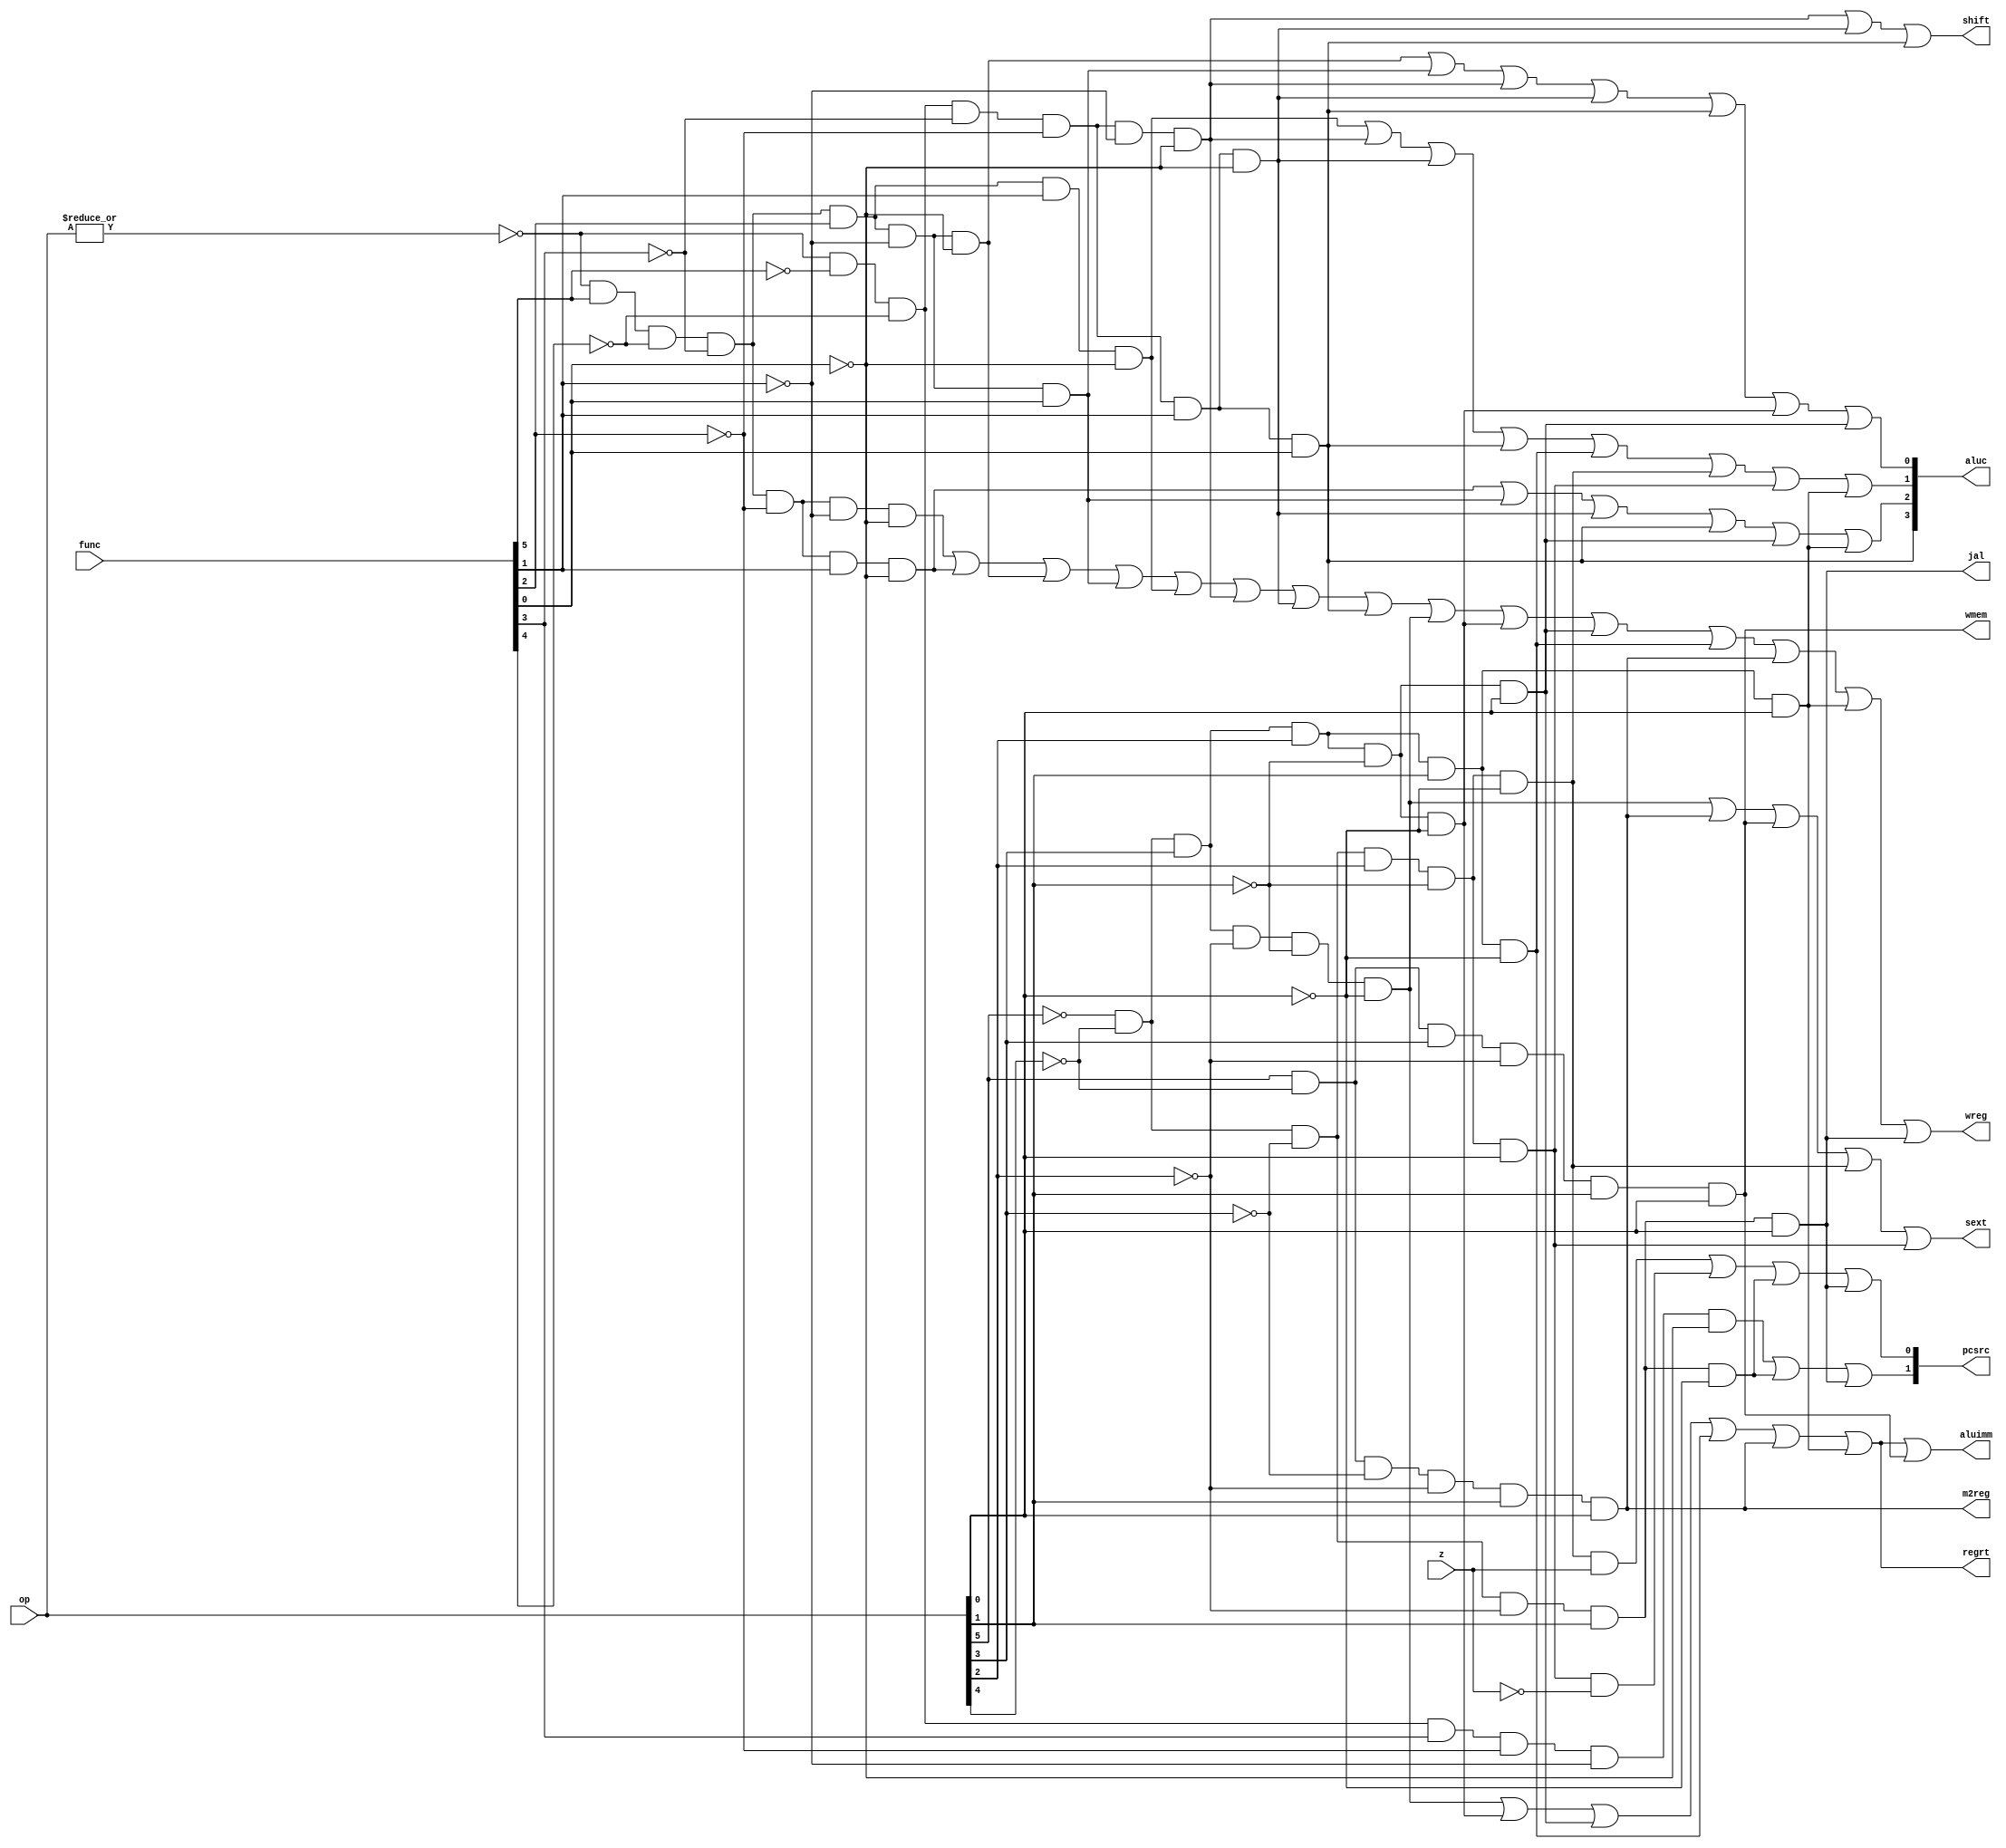
/************************************************
  The Verilog HDL code example is from the book
  Computer Principles and Design in Verilog HDL
  by Yamin Li, published by A JOHN WILEY & SONS
************************************************/
module sccu_dataflow (op,func,z,wmem,wreg,regrt,m2reg,aluc,shift,aluimm,
                      pcsrc,jal,sext);            // control unit
  input  [5:0] op, func;                          // op, func 
  input        z;                                 // alu zero tag
  output [3:0] aluc;                              // alu operation control
  output [1:0] pcsrc;                             // select pc source
  output       wreg;                              // write regfile
  output       regrt;                             // dest reg number is rt
  output       m2reg;                             // instruction is an lw
  output       shift;                             // instruction is a shift
  output       aluimm;                            // alu input b is an i32
  output       jal;                               // instruction is a jal
  output       sext;                              // is sign extension
  output       wmem;                              // write data memory
  // decode instructions
  wire rtype  = ~|op;                                            // r format
  wire i_add  = rtype& func[5]&~func[4]&~func[3]&~func[2]&~func[1]&~func[0];
  wire i_sub  = rtype& func[5]&~func[4]&~func[3]&~func[2]& func[1]&~func[0];
  wire i_and  = rtype& func[5]&~func[4]&~func[3]& func[2]&~func[1]&~func[0];
  wire i_or   = rtype& func[5]&~func[4]&~func[3]& func[2]&~func[1]& func[0];
  wire i_xor  = rtype& func[5]&~func[4]&~func[3]& func[2]& func[1]&~func[0];
  wire i_sll  = rtype&~func[5]&~func[4]&~func[3]&~func[2]&~func[1]&~func[0];
  wire i_srl  = rtype&~func[5]&~func[4]&~func[3]&~func[2]& func[1]&~func[0];
  wire i_sra  = rtype&~func[5]&~func[4]&~func[3]&~func[2]& func[1]& func[0];
  wire i_jr   = rtype&~func[5]&~func[4]& func[3]&~func[2]&~func[1]&~func[0];
  wire i_addi = ~op[5]&~op[4]& op[3]&~op[2]&~op[1]&~op[0];       // i format
  wire i_andi = ~op[5]&~op[4]& op[3]& op[2]&~op[1]&~op[0];
  wire i_ori  = ~op[5]&~op[4]& op[3]& op[2]&~op[1]& op[0];
  wire i_xori = ~op[5]&~op[4]& op[3]& op[2]& op[1]&~op[0];
  wire i_lw   =  op[5]&~op[4]&~op[3]&~op[2]& op[1]& op[0];
  wire i_sw   =  op[5]&~op[4]& op[3]&~op[2]& op[1]& op[0];
  wire i_beq  = ~op[5]&~op[4]&~op[3]& op[2]&~op[1]&~op[0];
  wire i_bne  = ~op[5]&~op[4]&~op[3]& op[2]&~op[1]& op[0];
  wire i_lui  = ~op[5]&~op[4]& op[3]& op[2]& op[1]& op[0];
  wire i_j    = ~op[5]&~op[4]&~op[3]&~op[2]& op[1]&~op[0];       // j format
  wire i_jal  = ~op[5]&~op[4]&~op[3]&~op[2]& op[1]& op[0];
  // generate control signals
  assign regrt   = i_addi | i_andi | i_ori  | i_xori | i_lw  | i_lui;
  assign jal     = i_jal;
  assign m2reg   = i_lw;
  assign wmem    = i_sw;
  assign aluc[3] = i_sra;                         // refer to alu.v for aluc
  assign aluc[2] = i_sub  | i_or   | i_srl  | i_sra  | i_ori  | i_lui;
  assign aluc[1] = i_xor  | i_sll  | i_srl  | i_sra  | i_xori | i_beq |
                   i_bne  | i_lui;
  assign aluc[0] = i_and  | i_or | i_sll | i_srl | i_sra | i_andi | i_ori;
  assign shift   = i_sll  | i_srl  | i_sra;
  assign aluimm  = i_addi | i_andi | i_ori  | i_xori | i_lw  | i_lui | i_sw;
  assign sext    = i_addi | i_lw   | i_sw   | i_beq  | i_bne;
  assign pcsrc[1]= i_jr   | i_j    | i_jal;
  assign pcsrc[0]= i_beq & z | i_bne & ~z | i_j | i_jal;
  assign wreg    = i_add  | i_sub  | i_and  | i_or   | i_xor | i_sll  |
                   i_srl  | i_sra  | i_addi | i_andi | i_ori | i_xori |
                   i_lw   | i_lui  | i_jal;
endmodule